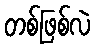
တစ်ဖြစ်လဲ